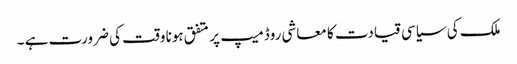
ملک کی سیاسی قیادت کا معاشی روڈ میپ پر متفق ہونا وقت کی ضرورت ہے ۔